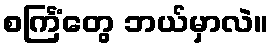
စင်္ကြံတွေ ဘယ်မှာလဲ။